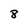
Character: 8